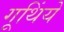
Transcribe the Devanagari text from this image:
गूथिंये